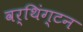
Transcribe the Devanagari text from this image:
वर्थिंग्टन